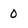
Character: 0